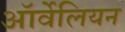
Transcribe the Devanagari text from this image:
ऑर्वेलियन